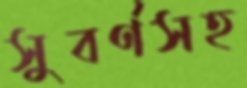
সুবর্ণসহ